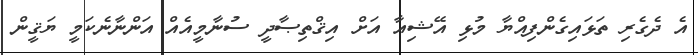
އެ ދެގެރި ތަޅައިގެންފިއްޔާ މުޅި އޭޝިއާ އަށް އިޤްތިޞާދީ ސުނާމީއެއް އަންނާނެކަމީ ޔަޤީން